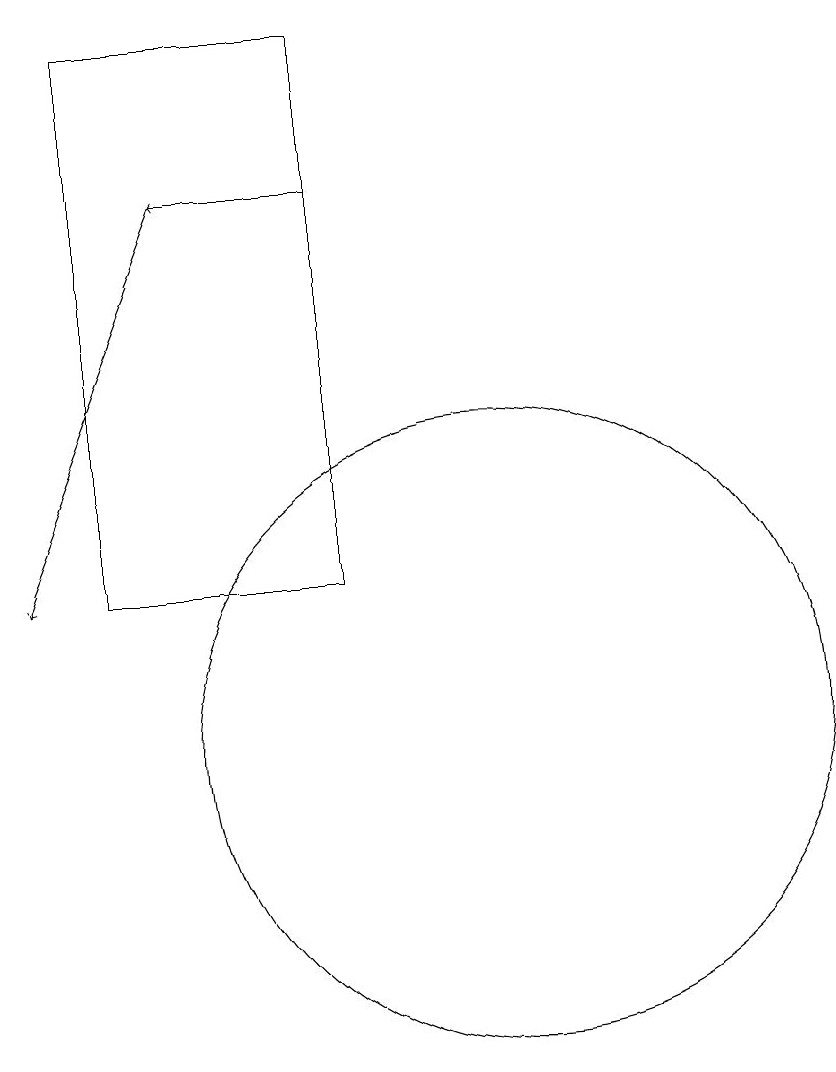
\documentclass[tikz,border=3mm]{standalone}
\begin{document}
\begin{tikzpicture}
\draw[->] (8,17) -- (6,17);
\draw[->] (6,17) -- (4,12);
\draw (8,12) rectangle (5,19);
\draw (10,10) circle (4);
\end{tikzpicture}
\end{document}